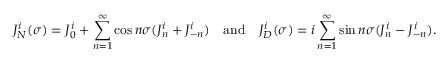
J _ { N } ^ { i } ( \sigma ) = J _ { 0 } ^ { i } + \sum _ { n = 1 } ^ { \infty } \cos n \sigma ( J _ { n } ^ { i } + J _ { - n } ^ { i } ) \quad \mathrm { a n d } \quad J _ { D } ^ { i } ( \sigma ) = i \sum _ { n = 1 } ^ { \infty } \sin n \sigma ( J _ { n } ^ { i } - J _ { - n } ^ { i } ) .